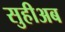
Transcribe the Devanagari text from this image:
सुहीअब